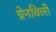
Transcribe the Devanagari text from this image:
ग्रेनविली